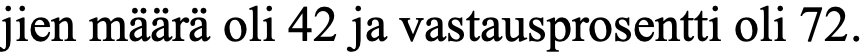
jien määrä oli 42 ja vastausprosentti oli 72.